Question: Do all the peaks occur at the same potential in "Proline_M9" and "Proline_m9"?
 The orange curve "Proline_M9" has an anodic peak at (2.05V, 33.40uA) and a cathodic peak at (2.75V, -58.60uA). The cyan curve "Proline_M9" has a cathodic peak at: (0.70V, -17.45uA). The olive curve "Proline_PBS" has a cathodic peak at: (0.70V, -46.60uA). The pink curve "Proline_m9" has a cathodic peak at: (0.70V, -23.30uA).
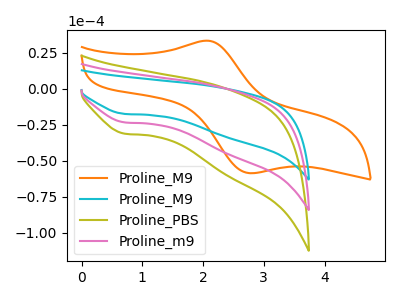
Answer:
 <answer>Yes, "Proline_M9" have a peak in "Proline_m9" at the same potential.</answer>
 <eval>match</eval>